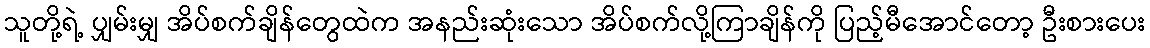
သူတို့ရဲ့ ပျှမ်းမျှ အိပ်စက်ချိန်တွေထဲက အနည်းဆုံးသော အိပ်စက်လို့ကြာချိန်ကို ပြည့်မီအောင်တော့ ဦးစားပေး